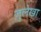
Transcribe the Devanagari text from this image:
ज़ुलेखा